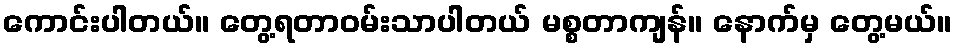
ကောင်းပါတယ်။ တွေ့ရတာဝမ်းသာပါတယ် မစ္စတာကျန်။ နောက်မှ တွေ့မယ်။